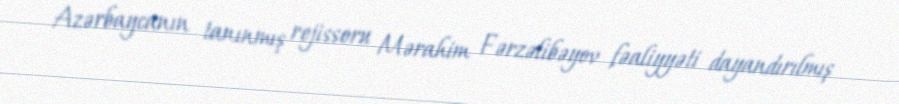
Azərbaycanın tanınmış rejissoru Mərahim Fərzəlibəyov fəaliyyəti dayandırılmış